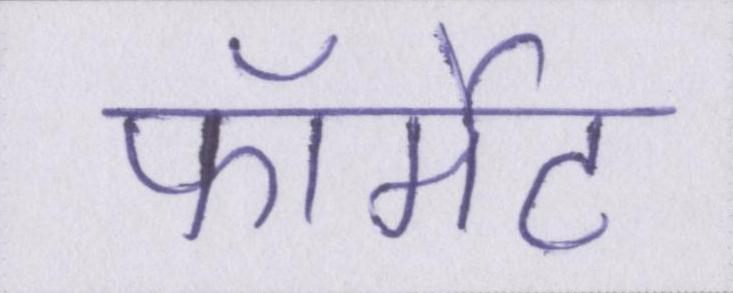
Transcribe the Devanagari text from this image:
फॉर्मेट